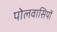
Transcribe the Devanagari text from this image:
पोलवासियों